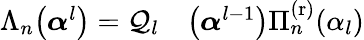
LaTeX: \begin{array}{rl}{\Lambda_{n}\big(\boldsymbol{\alpha}^{l}\big)=\mathcal{Q}_{l}}&{{}\big(\boldsymbol{\alpha}^{l-1}\big)\Pi_{n}^{\mathrm{(r)}}(\alpha_{l})}\end{array}